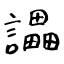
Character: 讄